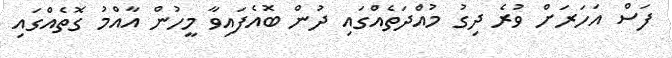
ފަސް އަހަރަށް ވުރެ ދިގު މުއްދަތެެއްގައި ދުން ބޮއެފައިވާ މީހުން އާއްމު ގޮތެއްގައި